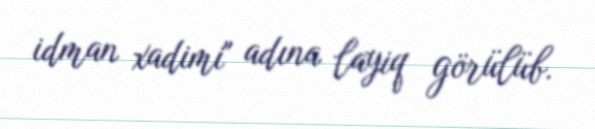
idman xadimi" adına layiq görülüb.